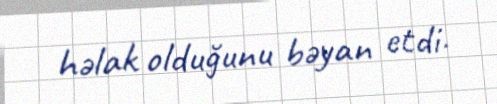
həlak olduğunu bəyan etdi.